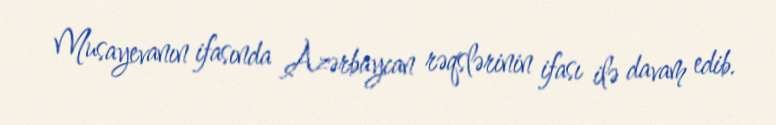
Musayevanın ifasında Azərbaycan rəqslərinin ifası ilə davam edib.